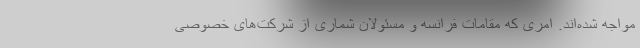
مواجه شده‌اند. امری که مقامات فرانسه و مسئولان شماری از شرکت‌های خصوصی